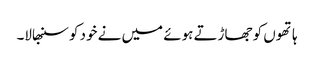
ہاتھوں کو جھاڑتے ہوئے میں نے خود کو سنبھالا۔